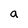
Character: a